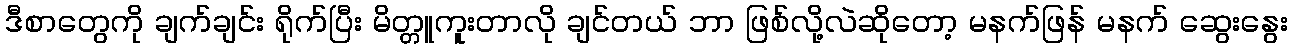
ဒီစာတွေကို ချက်ချင်း ရိုက်ပြီး မိတ္တူကူးတာလို ချင်တယ် ဘာ ဖြစ်လို့လဲဆိုတော့ မနက်ဖြန် မနက် ဆွေးနွေး